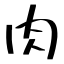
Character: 肉